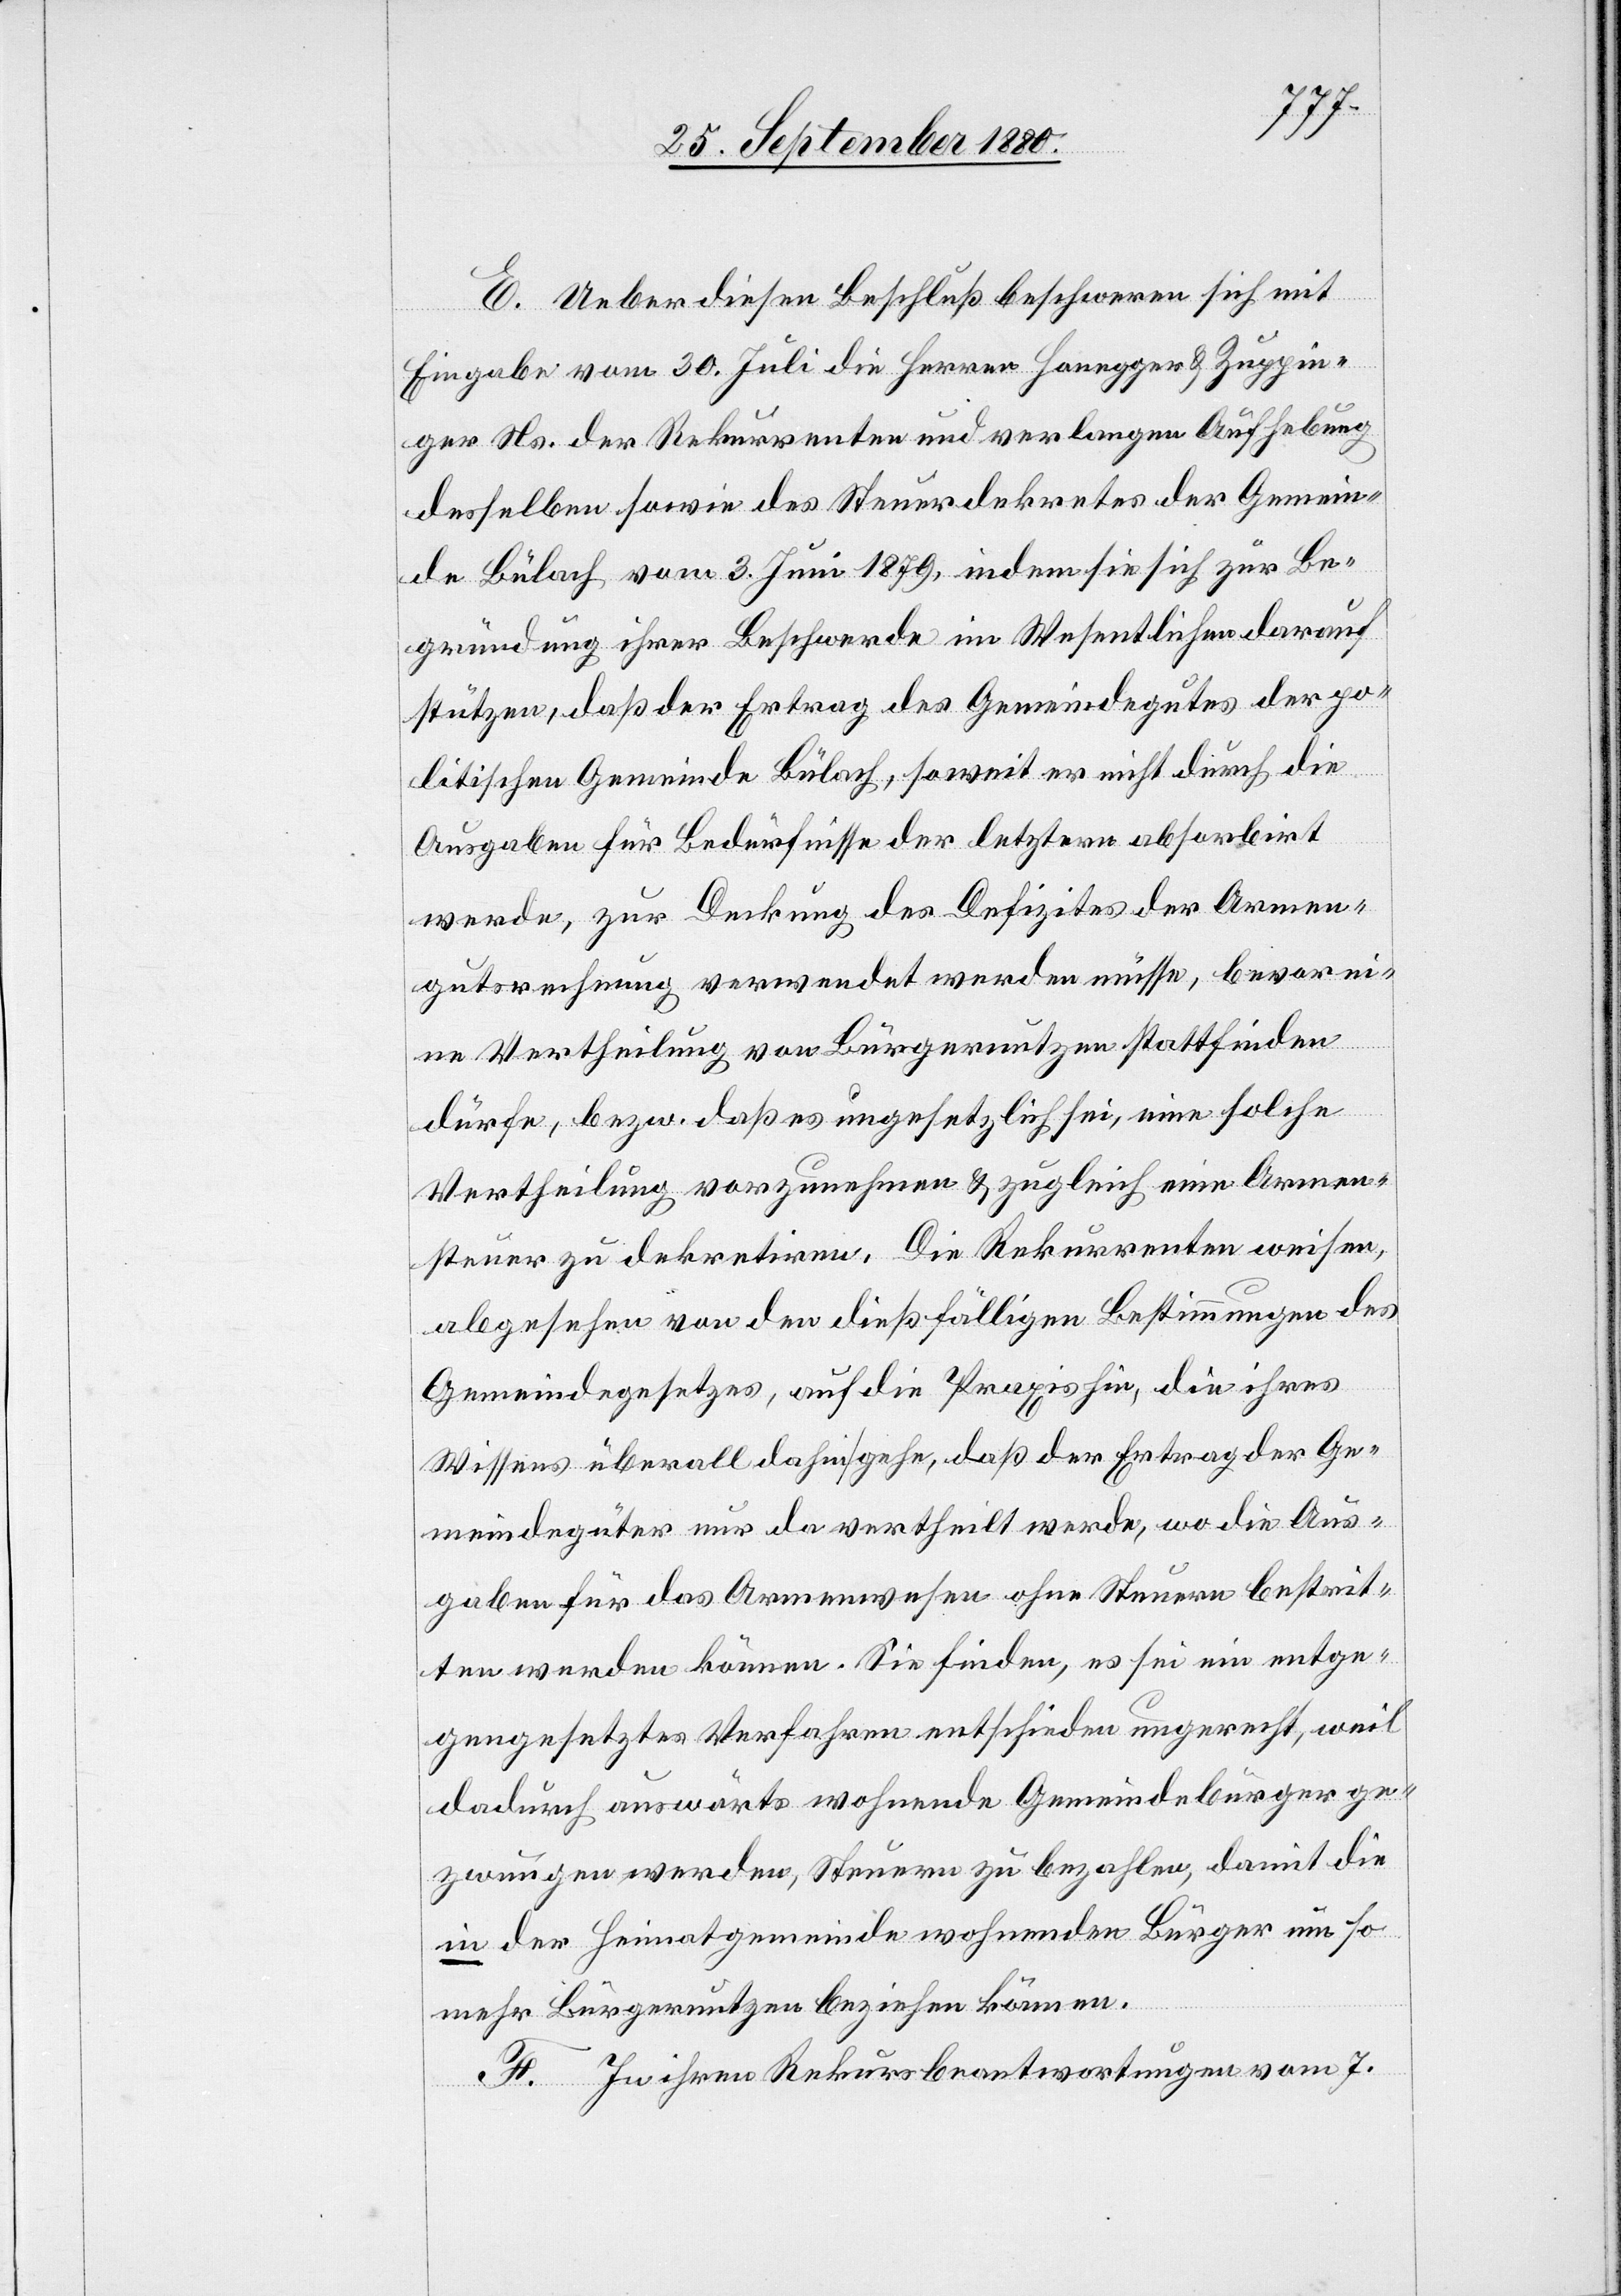
E. Ueber diesen Beschluß beschweren sich mit
Eingabe vom 30. Juli die Herren Honegger & Zuppin¬
ger Ns. der Rekurrenten und verlangen Aufhebung
desselben sowie des Steuerdekretes der Gemein¬
de Bülach vom 3. Juni 1879, indem sie sich zur Be¬
gründung ihrer Beschwerde im Wesentlichen darauf
stützen, daß der Ertrag des Gemeindegutes der po¬
litischen Gemeinde Bülach, soweit er nicht durch die
Ausgaben für Bedürfnisse der letztern absorbirt
werde, zur Deckung des Defizites der Armen¬
gutsrechnung verwendet werden müsse, bevor ei¬
ne Vertheilung von Bürgernutzen stattfinden
dürfe, bezw. daß es ungesetzlich sei, eine solche
Vertheilung vorzunehmen & zugleich eine Armen¬
steuer zu dekretiren. Die Rekurrenten weisen
abgesehen von den dießfälligen Bestimmungen des
Gemeindegesetzes, auf die Praxis hin, die ihres
Wissens überall dahin gehe, daß der Ertrag der Ge¬
meindegüter nur da vertheilt werde, wo die Aus¬
gaben für das Armenwesen ohne Steuern bestrit¬
ten werden können. Sie finden, es sei ein entge¬
gengesetztes Verfahren entschieden ungerecht, weil
dadurch auswärts wohnende Gemeindebürger ge¬
zwungen werden, Steuern zu bezahlen, damit die
in der Heimatgemeinde wohnenden Bürger um so
mehr Bürgernutzen beziehen können.
F. In ihren Rekursbeantwortungen vom 7.